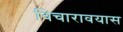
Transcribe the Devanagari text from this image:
विचारावयास